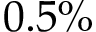
0 . 5 \%